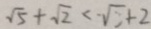
\sqrt { 5 } + \sqrt { 2 } < \sqrt { 2 } + 2